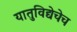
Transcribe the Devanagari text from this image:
यातुविद्येचेच